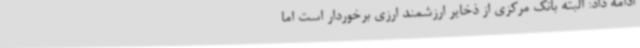
ادامه داد: البته بانک مرکزی از ذخایر ارزشمند ارزی برخوردار است اما